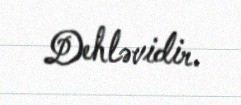
Dehləvidir.